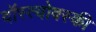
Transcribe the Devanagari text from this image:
दॉस्त्योवस्की